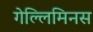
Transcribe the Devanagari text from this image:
गेल्‍लिमिनस